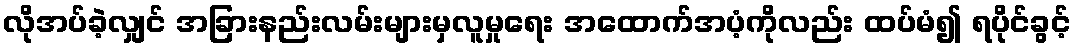
လိုအပ်ခဲ့လျှင် အခြားနည်းလမ်းများမှလူမှုရေး အထောက်အပံ့ကိုလည်း ထပ်မံ၍ ရပိုင်ခွင့်